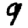
Digit: 9